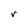
Character: r